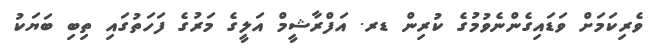
ވެރިކަމަށް ވަޑައިގެންނެވުމުގެ ކުރިން ޑރ. އަފްރާޝީމް އަލީގެ މަރުގެ ފަހަތުގައިި ތިބި ބަޔަކު